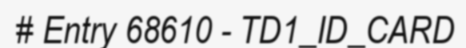
# Entry 68610 - TD1_ID_CARD